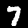
Label: 7